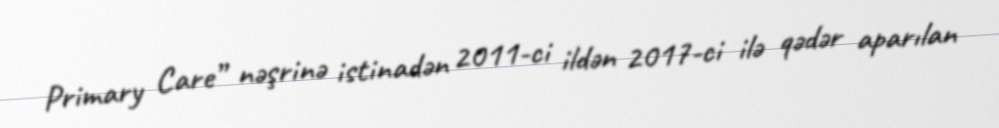
Primary Care” nəşrinə istinadən 2011-ci ildən 2017-ci ilə qədər aparılan